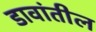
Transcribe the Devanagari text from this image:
डावांतील